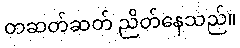
တဆတ်ဆတ် ညိတ်နေသည်။